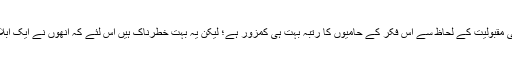
ان کا کہنا ہے: “معاشرتی مقبولیت کے لحاظ سے اس فکر کے حامیوں کا رتبہ بہت ہی کمزور ہے؛ لیکن یہ بہت خطرناک ہیں اس لئے کہ انھوں نے ایک ابلاغی سلطنت قائم کی ہے۔